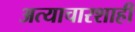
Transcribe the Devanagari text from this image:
अत्याचारशाही